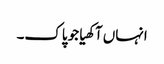
انہاں آکھیا جو پاک۔